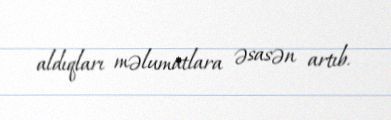
aldıqları məlumatlara əsasən artıb.